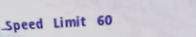
Speed Limit 60